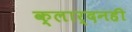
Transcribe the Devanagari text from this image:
क्लार्दनही